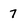
Character: 7